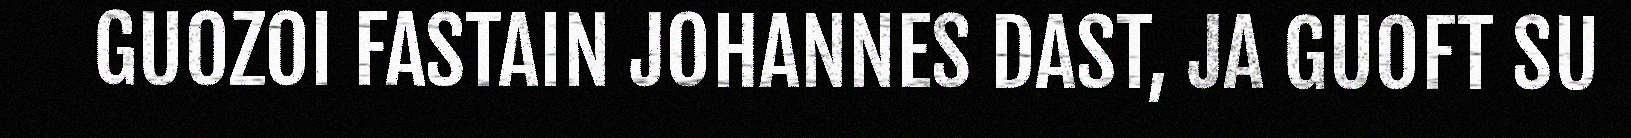
GUOZOI FASTAIN JOHANNES DAST, JA GUOFT SU